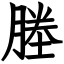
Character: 塍